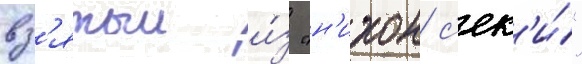
вз'ятыи и́з "н'ихон с'ек'и́"